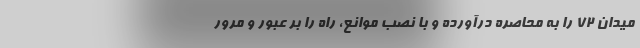
میدان ۷۲ را به محاصره درآورده و با نصب موانع، راه را بر عبور و مرور